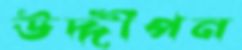
উদ্দীপন